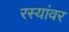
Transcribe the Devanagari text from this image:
रस्यांवर